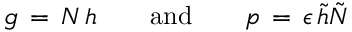
g \, = \, N \, h \qquad \mathrm { a n d } \qquad p \, = \, \epsilon \, \tilde { h } \tilde { N }